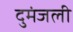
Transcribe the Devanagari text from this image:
दुमंजली